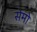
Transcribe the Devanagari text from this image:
सेमो